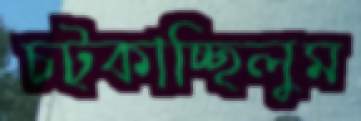
চট্‌কাচ্ছিলুম